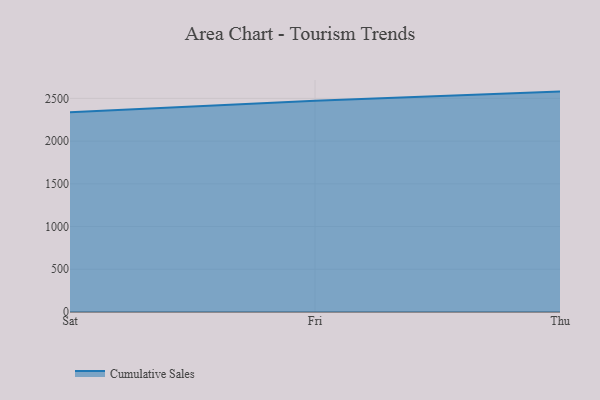
{"axis": {"x": "Day", "y": "Budget (USD K)"}, "legend": ["Cumulative Sales"], "data": [{"x": "Sat", "y": 2338.0, "type": "Cumulative Sales"}, {"x": "Fri", "y": 2473.7, "type": "Cumulative Sales"}, {"x": "Thu", "y": 2579.5, "type": "Cumulative Sales"}]}